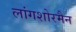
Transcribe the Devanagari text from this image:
लांगशोरमैन